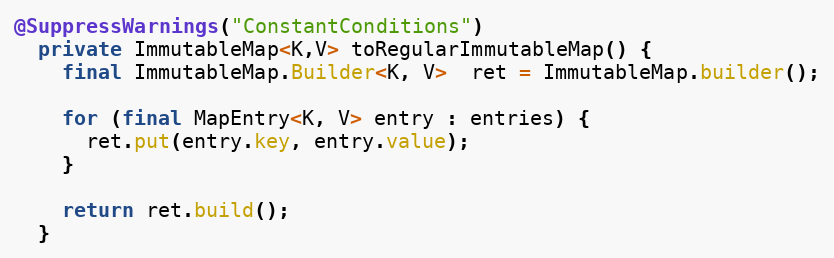
Language: Java
@SuppressWarnings("ConstantConditions")
  private ImmutableMap<K,V> toRegularImmutableMap() {
    final ImmutableMap.Builder<K, V>  ret = ImmutableMap.builder();

    for (final MapEntry<K, V> entry : entries) {
      ret.put(entry.key, entry.value);
    }

    return ret.build();
  }